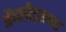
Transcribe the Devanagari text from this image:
ॲथलीट्सच्या